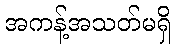
အကန့်အသတ်မရှိ